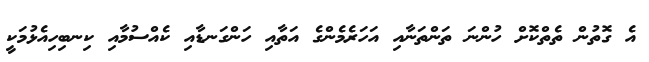
އެ ގޮތުން ތެތްކޮށް ހުންނަ ތަންތަނާއި އަހަރެމެންގެ އަތާއި ހަންގަނޑާއި ކެއްސުމާއި ކިނބިހިއެޅުމަކީ